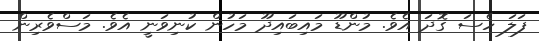
ފަލަ ހެސަ ގޮދަ އެވެ. މުންޑޫ މައިބައިދޫ މަހުން ކުނިވަނީ އެވެ. މަސްވެރިން